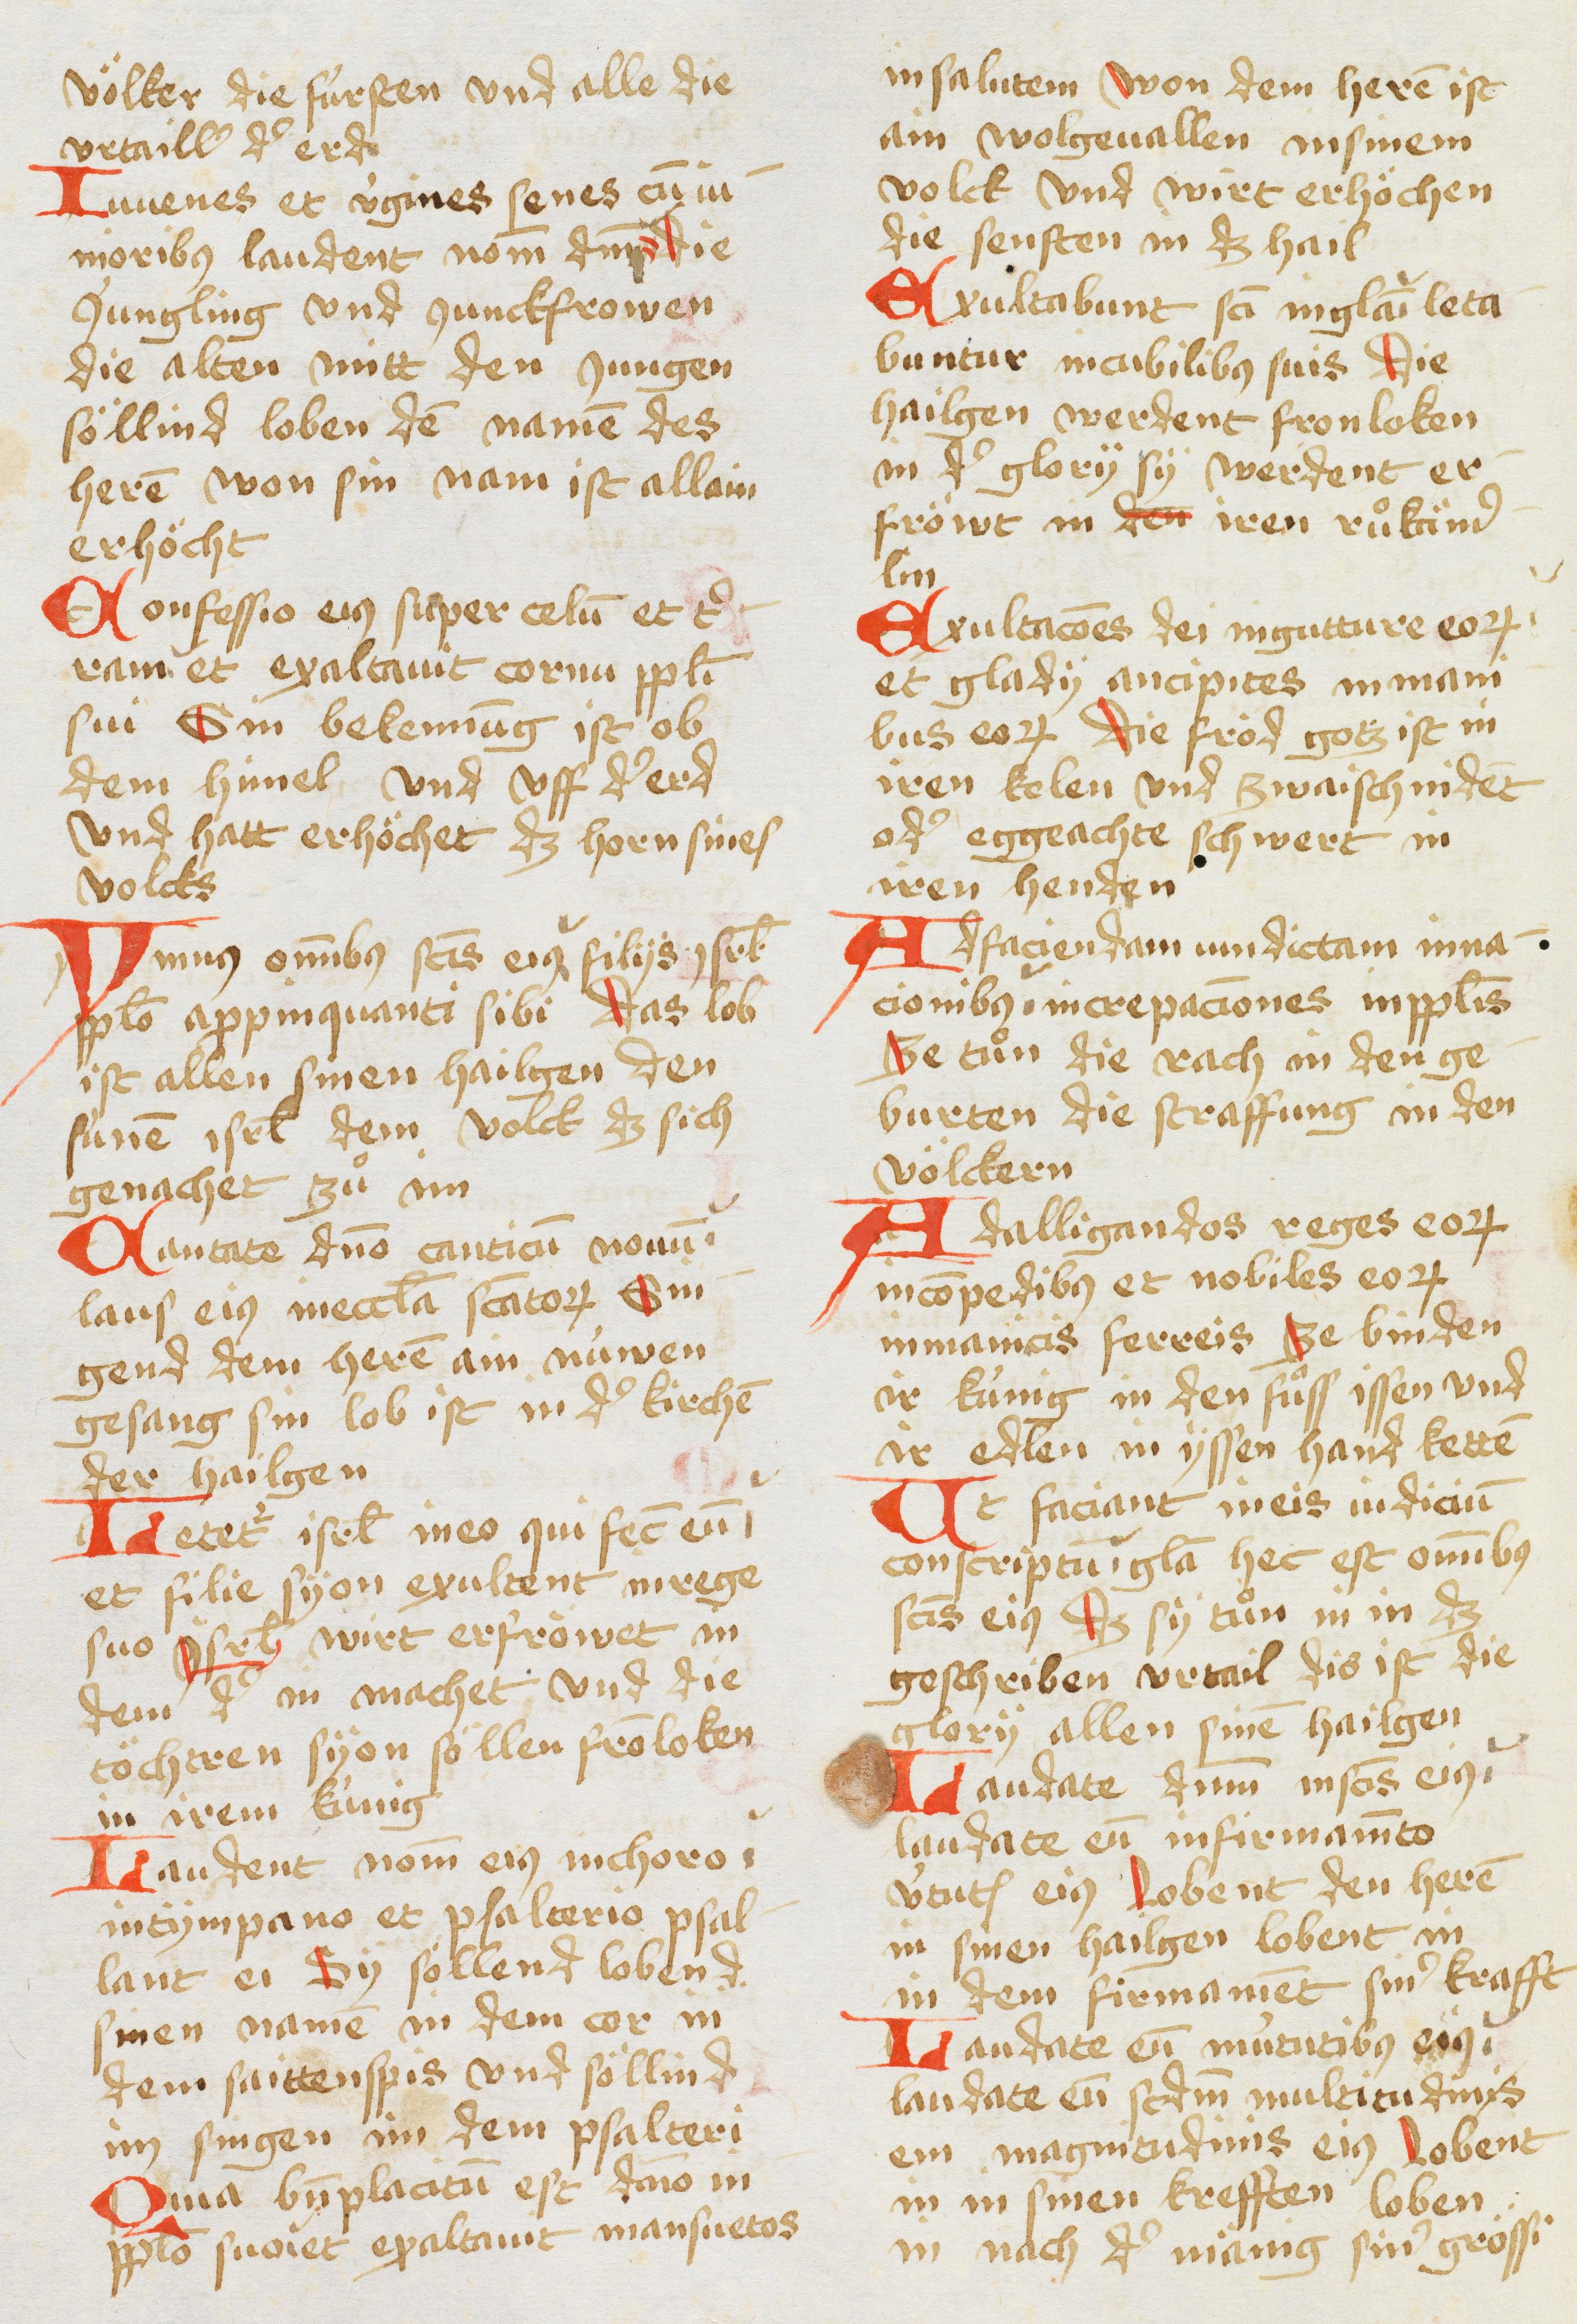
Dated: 1450–1499